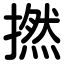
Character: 撚